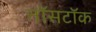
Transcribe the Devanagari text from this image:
नॉसटॉक